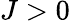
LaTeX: J>0